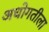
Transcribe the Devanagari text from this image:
अधोगतीला